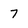
Character: 7